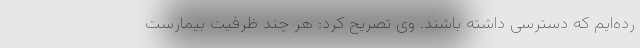
رده‌ایم که دسترسی داشته باشند. وی تصریح کرد: هر چند ظرفیت بیمارست